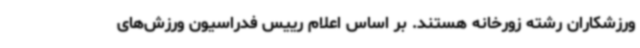
ورزشکاران رشته زورخانه هستند. بر اساس اعلام رییس فدراسیون ورزش‌های